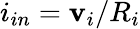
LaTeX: i_{in}=\mathbf{v}_{i}/R_{i}